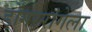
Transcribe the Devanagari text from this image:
डोंगररांगेला